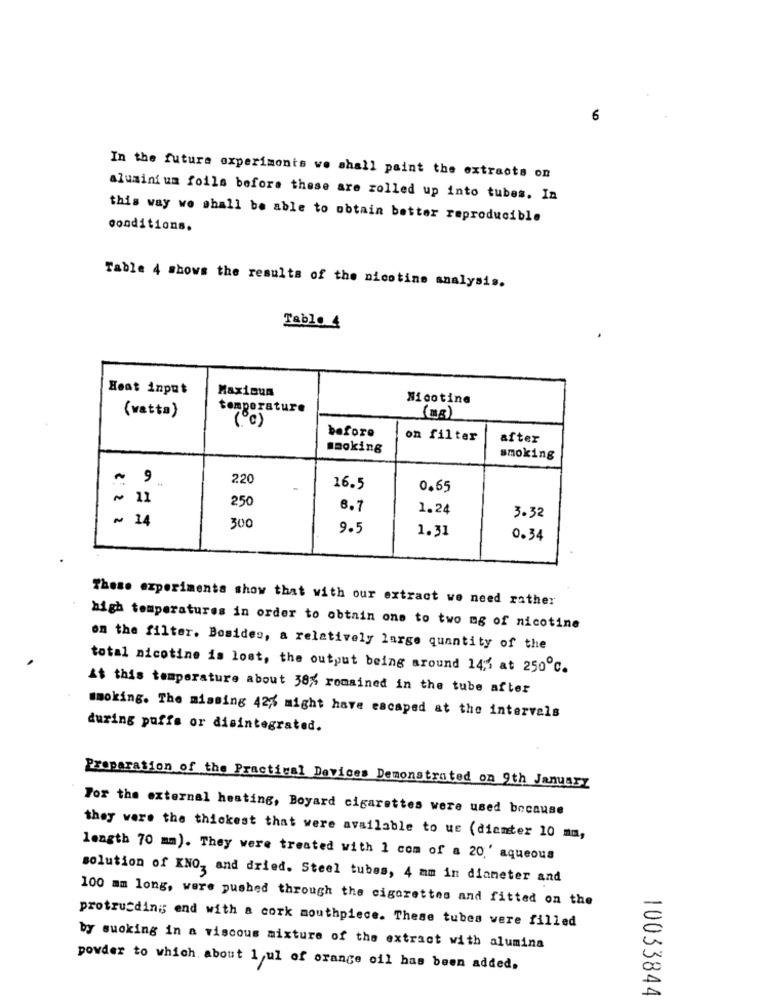
6
In the future experiments we shall paint the extracts on
alumini um foils before these are rolled up into tubes. In
this way we shall be able to obtain better reproducible
conditions.
Table 4 shows the results of the nicotine analysis.
Tablo 4
Heat input
Maximum
Nicotine
(vatta)
temperature
(c)
before
on filter
after
smoking
smoking
~ 9
220
16.5
0.65
~ 11
250
8.7
1.24
~ 14
300
3.32
9.5
1.31
0.34
These experiments show that with our extract we need rather
high temperatures in order to obtain one to two mg of nicotine
on the filter. Besides, a relatively large quantity of the
total nicotine is lost, the output being around 14;1 at 250℃.
At this temperature about 38% remained in the tube after
smoking. The missing 42% might have escaped at the intervals
during puffs or disintegrated.
Preparation of the Practical Devices Demonstrated on 9th January
For the external heating, Boyard cigarettes were used because
they were the thickest that were available to ue (dienter 10 mm,
length 70 mm). They were treated with 1 com of a 20,' aqueous
solution of KNO, and dried. Steel tubes, 4 mm in diameter and
100 mm long, were pushed through the cigarettes and fitted on the
protrucding; end with a cork mouthpiece. These tubes were filled
by sucking in a viscous mixture of the extract with alumina
powder to which about 1 ul of orange oil has been added,
10033844